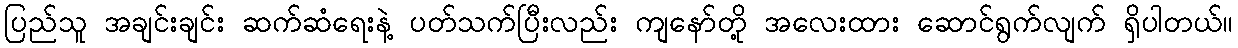
ပြည်သူ အချင်းချင်း ဆက်ဆံရေးနဲ့ ပတ်သက်ပြီးလည်း ကျနော်တို့ အလေးထား ဆောင်ရွက်လျက် ရှိပါတယ်။